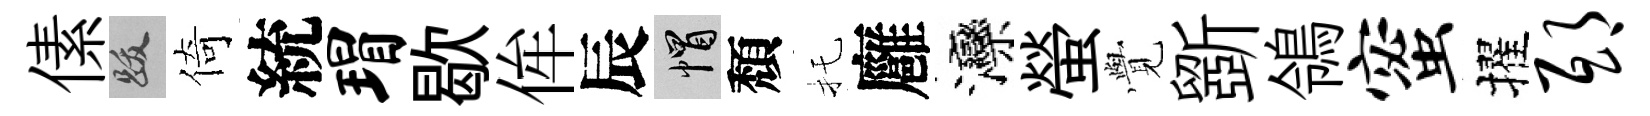
傃跋倚統瑁歇侔辰帽頽托廱灤螢𮗜斵鴒蜜擢邸